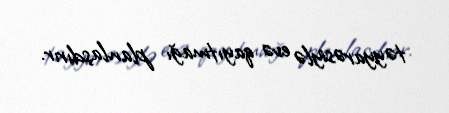
təyyarəsiylə evə qayıtmağı planlaşdırır.